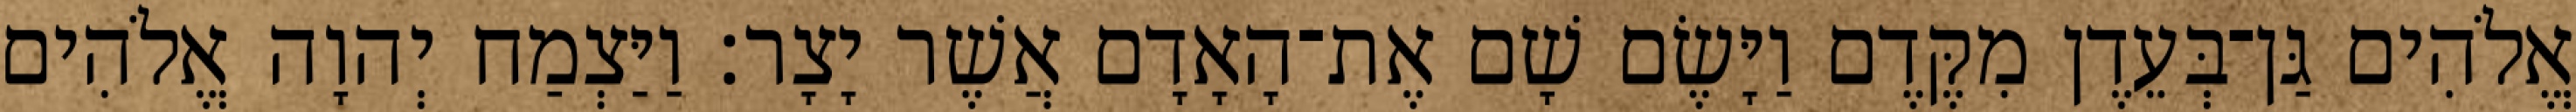
אֱלֹהִים גַּן־בְּעֵדֶן מִקֶּדֶם וַיָּשֶׂם שָׁם אֶת־הָאָדָם אֲשֶׁר יָצָר׃ וַיַּצְמַח יְהוָה אֱלֹהִים